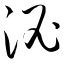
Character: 泌